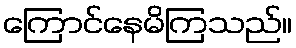
ကြောင်နေမိကြသည်။